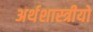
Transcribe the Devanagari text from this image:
अर्थशास्त्रीयो